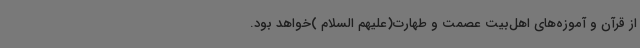
از قرآن و آموزه‌های اهل‌بیت عصمت و طهارت(علیهم السلام )خواهد بود.